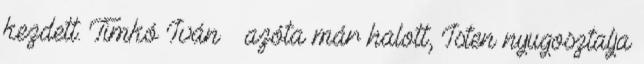
kezdett. Timkó Iván – azóta már halott, Is­ten nyugosztalja